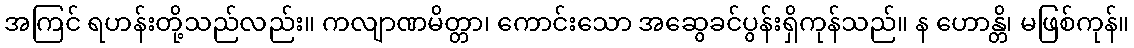
အကြင် ရဟန်းတို့သည်လည်း။ ကလျာဏမိတ္တာ၊ ကောင်းသော အဆွေခင်ပွန်းရှိကုန်သည်။ န ဟောန္တိ၊ မဖြစ်ကုန်။